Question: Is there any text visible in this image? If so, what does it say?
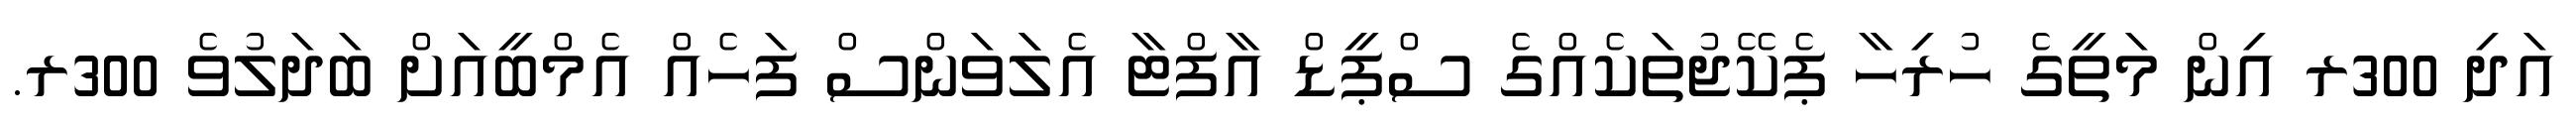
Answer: އަދި 300ރ އިން މަތީގެ ހުރިހާ ޕެކޭޖުތަކެއްގެ ސްޕީޑް އާފްޓާ އެލަަވަންސް ފަހެއް އެމްބީއަށް ބަދަލުވެ 300ރ.